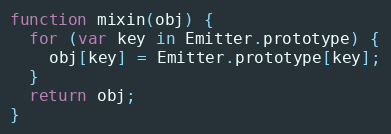
Language: JavaScript
function mixin(obj) {
  for (var key in Emitter.prototype) {
    obj[key] = Emitter.prototype[key];
  }
  return obj;
}